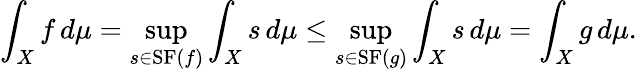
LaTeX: \int_{X}f\, d\mu=\operatorname*{sup}_{s\in\mathrm{{SF}}(f)}\int_{X}s\, d\mu\leq\operatorname*{sup}_{s\in\mathrm{{SF}}(g)}\int_{X}s\, d\mu=\int_{X}g\, d\mu.